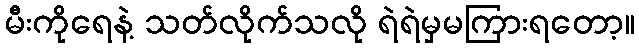
မီးကိုရေနဲ့ သတ်လိုက်သလို ရဲရဲမှမကြားရတော့။